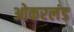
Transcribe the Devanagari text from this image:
ओकरलंड